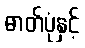
ဓာတ်ပုံနှင့်